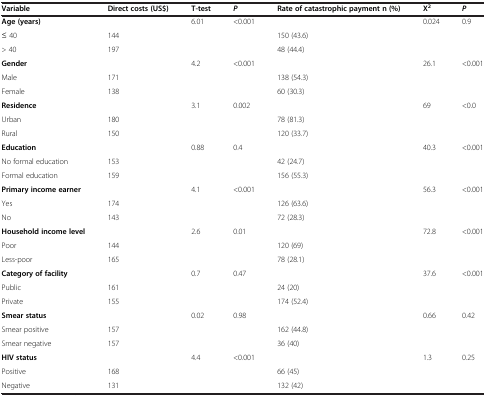
<table><thead><tr><td><b>Variable</b></td><td><b>Direct costs (US$)</b></td><td><b>T-test</b></td><td><b><i>P</i></b></td><td><b>Rate of catastrophic payment n (%)</b></td><td><b>X<sup>2</sup></b></td><td><b><i>P</i></b></td></tr></thead><tbody><tr><td><b>Age (years)</b></td><td> </td><td>6.01</td><td>&lt;0.001</td><td> </td><td>0.024</td><td>0.9</td></tr><tr><td>≤ 40</td><td>144</td><td> </td><td> </td><td>150 (43.6)</td><td> </td><td> </td></tr><tr><td>&gt; 40</td><td>197</td><td> </td><td> </td><td>48 (44.4)</td><td> </td><td> </td></tr><tr><td><b>Gender</b></td><td> </td><td>4.2</td><td>&lt;0.001</td><td> </td><td>26.1</td><td>&lt;0.001</td></tr><tr><td>Male</td><td>171</td><td> </td><td> </td><td>138 (54.3)</td><td> </td><td> </td></tr><tr><td>Female</td><td>138</td><td> </td><td> </td><td>60 (30.3)</td><td> </td><td> </td></tr><tr><td><b>Residence</b></td><td> </td><td>3.1</td><td>0.002</td><td> </td><td>69</td><td>&lt;0.0</td></tr><tr><td>Urban</td><td>180</td><td> </td><td> </td><td>78 (81.3)</td><td> </td><td> </td></tr><tr><td>Rural</td><td>150</td><td> </td><td> </td><td>120 (33.7)</td><td> </td><td> </td></tr><tr><td><b>Education</b></td><td> </td><td>0.88</td><td>0.4</td><td> </td><td>40.3</td><td>&lt;0.001</td></tr><tr><td>No formal education</td><td>153</td><td> </td><td> </td><td>42 (24.7)</td><td> </td><td> </td></tr><tr><td>Formal education</td><td>159</td><td> </td><td> </td><td>156 (55.3)</td><td> </td><td> </td></tr><tr><td colspan="2"><b>Primary income earner</b></td><td>4.1</td><td>&lt;0.001</td><td> </td><td>56.3</td><td>&lt;0.001</td></tr><tr><td>Yes</td><td>174</td><td> </td><td> </td><td>126 (63.6)</td><td> </td><td> </td></tr><tr><td>No</td><td>143</td><td> </td><td> </td><td>72 (28.3)</td><td> </td><td> </td></tr><tr><td><b>Household income level</b></td><td> </td><td>2.6</td><td>0.01</td><td> </td><td>72.8</td><td>&lt;0.001</td></tr><tr><td>Poor</td><td>144</td><td> </td><td> </td><td>120 (69)</td><td> </td><td> </td></tr><tr><td>Less-poor</td><td>165</td><td> </td><td> </td><td>78 (28.1)</td><td> </td><td> </td></tr><tr><td><b>Category of facility</b></td><td> </td><td>0.7</td><td>0.47</td><td> </td><td>37.6</td><td>&lt;0.001</td></tr><tr><td>Public</td><td>161</td><td> </td><td> </td><td>24 (20)</td><td> </td><td> </td></tr><tr><td>Private</td><td>155</td><td> </td><td> </td><td>174 (52.4)</td><td> </td><td> </td></tr><tr><td><b>Smear status</b></td><td> </td><td>0.02</td><td>0.98</td><td> </td><td>0.66</td><td>0.42</td></tr><tr><td>Smear positive</td><td>157</td><td> </td><td> </td><td>162 (44.8)</td><td> </td><td> </td></tr><tr><td>Smear negative</td><td>157</td><td> </td><td> </td><td>36 (40)</td><td> </td><td> </td></tr><tr><td><b>HIV status</b></td><td> </td><td>4.4</td><td>&lt;0.001</td><td> </td><td>1.3</td><td>0.25</td></tr><tr><td>Positive</td><td>168</td><td> </td><td> </td><td>66 (45)</td><td> </td><td> </td></tr><tr><td>Negative</td><td>131</td><td> </td><td> </td><td>132 (42)</td><td> </td><td> </td></tr></tbody></table>